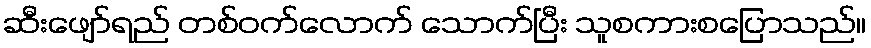
ဆီးဖျော်ရည် တစ်ဝက်လောက် သောက်ပြီး သူစကားစပြောသည်။